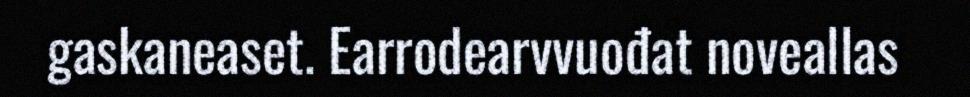
gaskaneaset. Earrodearvvuođat noveallas